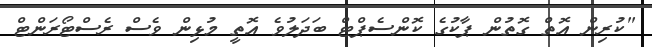
"ކުރިން އޮތް ގޮތުން ޕާކުގެ ކޮންސެޕްޓް ބަދަލުވެ އޮތީ މުޅިން ވެސް ރެސްޓޯރަންޓް